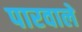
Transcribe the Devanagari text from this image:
पारवाले